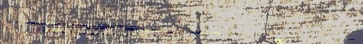
إعلانات وظائف شاغرة في مخ